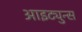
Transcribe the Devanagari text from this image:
आइट्युन्स